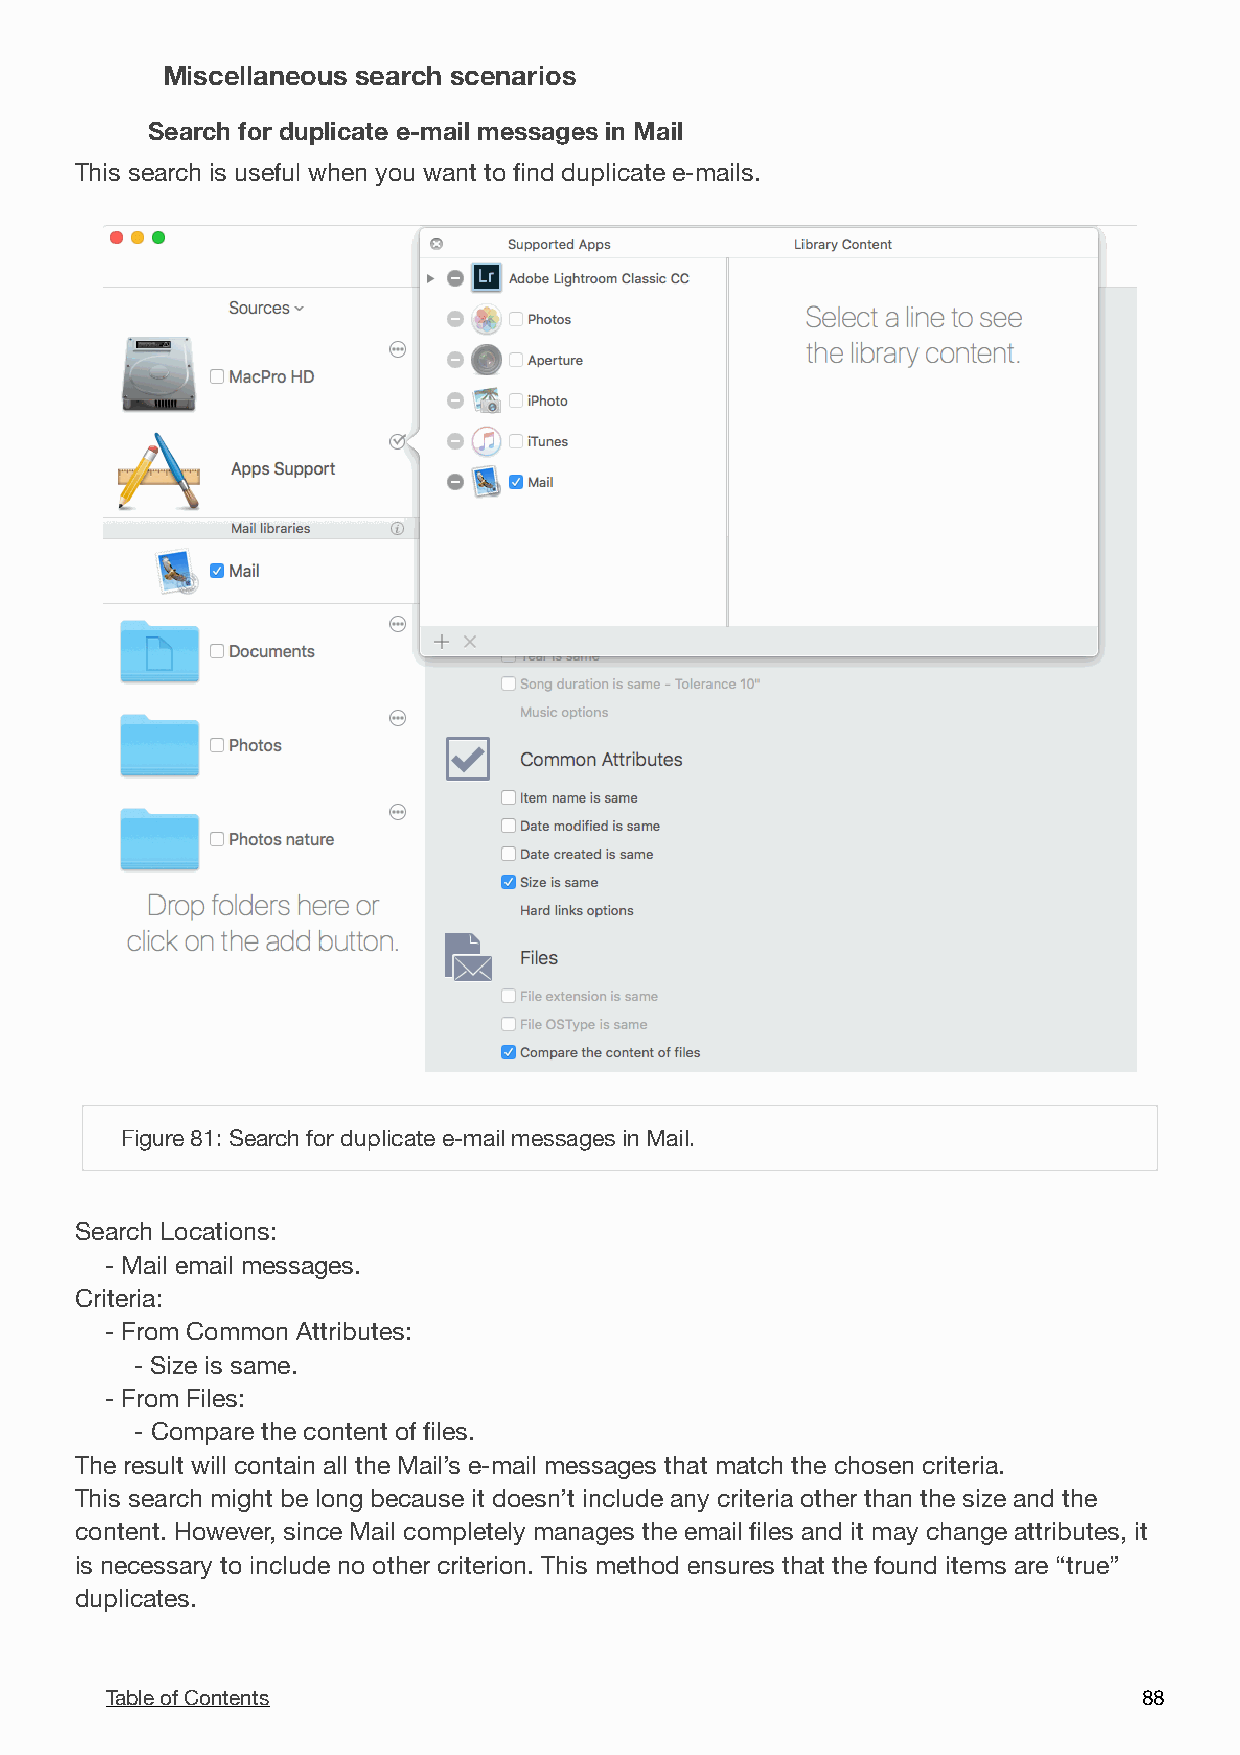
Miscellaneous search scenarios
 Search for duplicate e-mail messages in Mail
 This search is useful when you want to find duplicate e-mails.

 Figure 81: Search for duplicate e-mail messages in Mail.
 Search Locations:
 - Mail email messages.
 Criteria:
 - From Common Attributes:
 - Size is same.
 - From Files:
 - Compare the content of files.
 The result will contain all the Mail’s e-mail messages that match the chosen criteria.
 This search might be long because it doesn’t include any criteria other than the size and the
 content. However, since Mail completely manages the email files and it may change attributes, it
 is necessary to include no other criterion. This method ensures that the found items are “true”
 duplicates.
 Table of Contents                                                    8 8